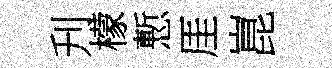
刋檬慙厓崑